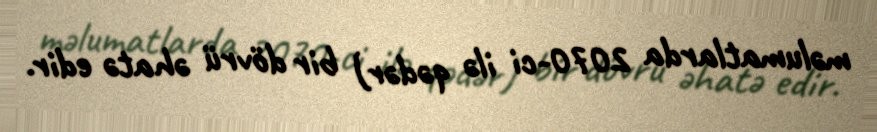
məlumatlarda 2070-ci ilə qədər) bir dövrü əhatə edir.